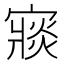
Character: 𡪶